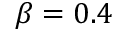
\beta = 0 . 4